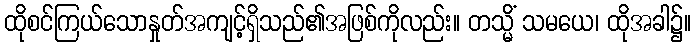
ထိုစင်ကြယ်သောနှုတ်အကျင့်ရှိသည်၏အဖြစ်ကိုလည်း။ တသ္မိံ သမယေ၊ ထိုအခါ၌။